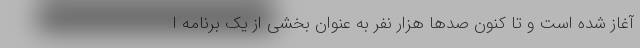
آغاز شده است و تا کنون صدها هزار نفر به عنوان بخشی از یک برنامه ا